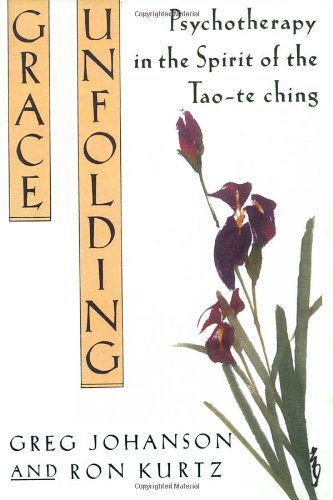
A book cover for Grace Unfolding: Psychotherapy in the Spirit of Tao-te ching; Greg Johanson; Religion & Spirituality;